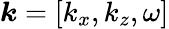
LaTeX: \boldsymbol{k}=[k_{x},k_{z},\omega]